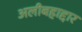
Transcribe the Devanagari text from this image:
अलीबहाद्दार